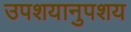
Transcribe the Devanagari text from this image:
उपशयानुपशय